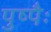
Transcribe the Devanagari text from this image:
पुष्पैः